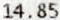
14.85